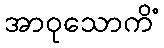
အာဝုသောကိံ